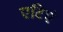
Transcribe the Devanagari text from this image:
एटिएं